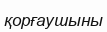
қорғаушыны